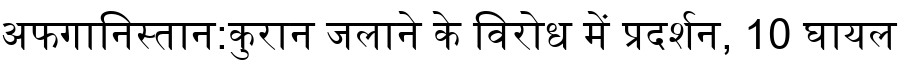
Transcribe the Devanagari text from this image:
अफगानिस्तान:कुरान जलाने के विरोध में प्रदर्शन, 10 घायल